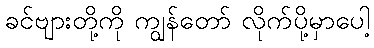
ခင်ဗျားတို့ကို ကျွန်တော် လိုက်ပို့မှာပေါ့